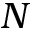
N